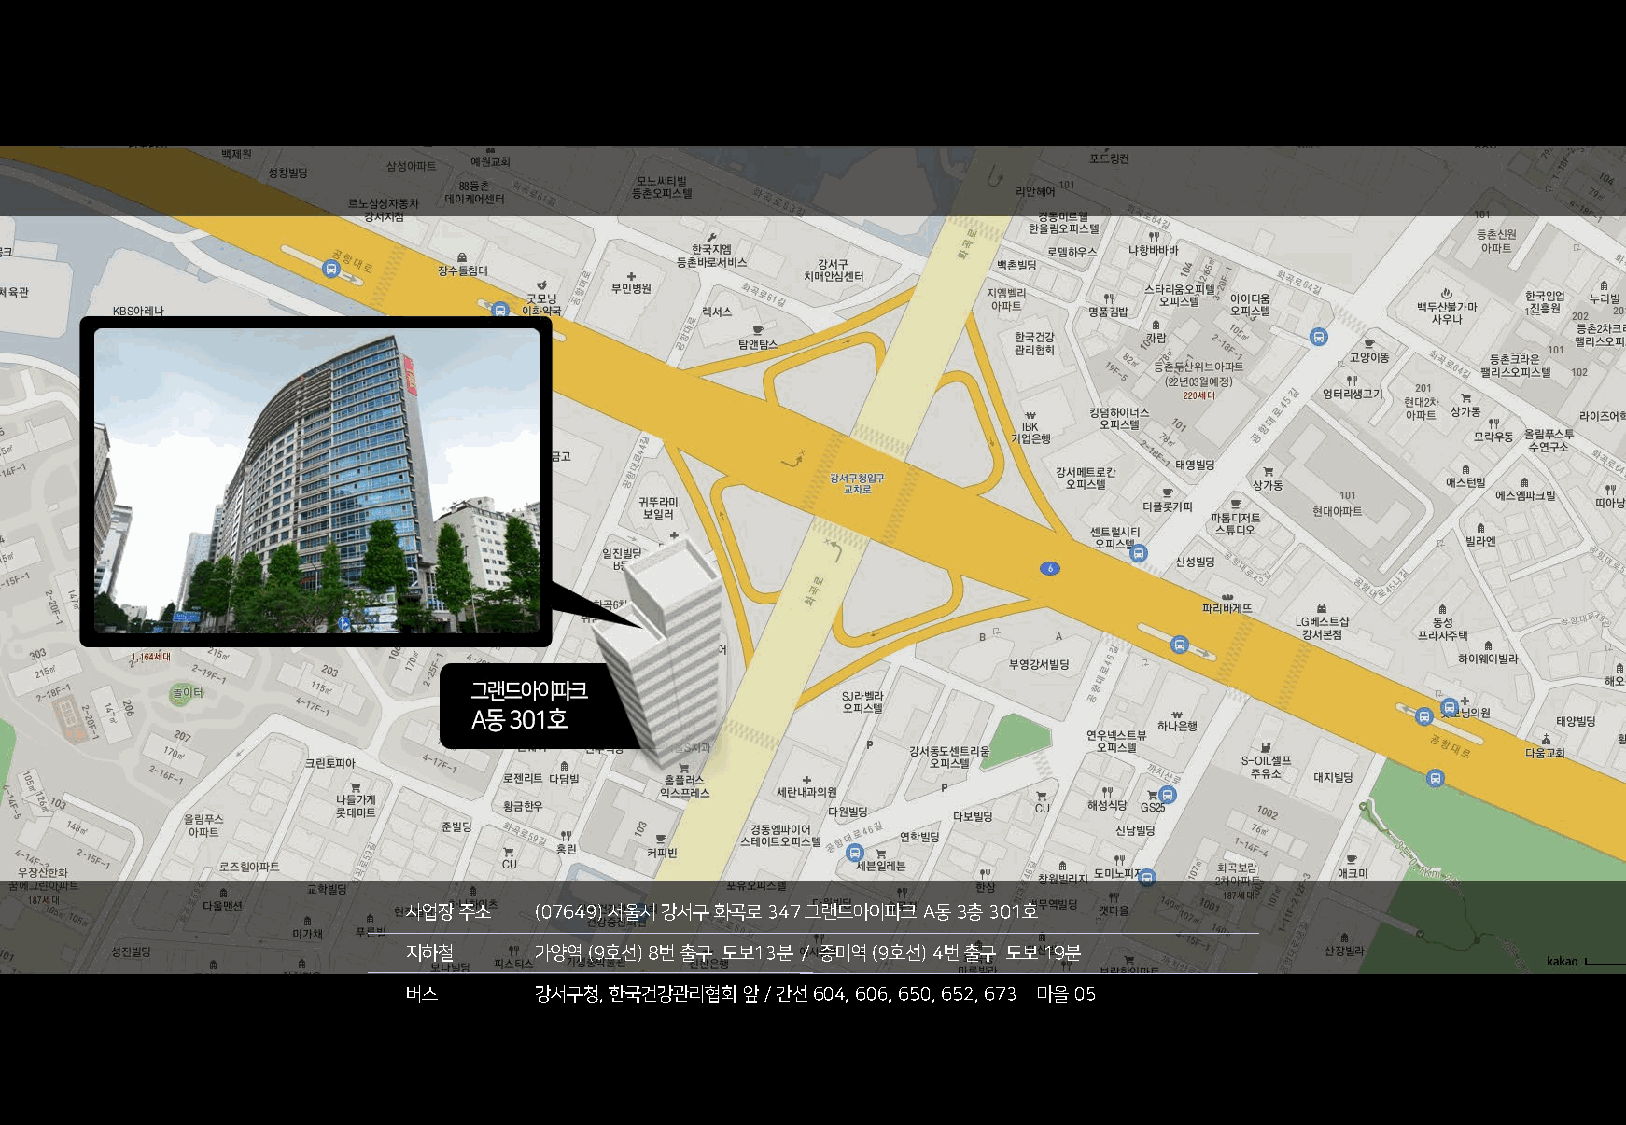
사업장주소   (07649) 서울시강서구화곡로347 그랜드아이파크A동3층301호
 지하철     가양역(9호선)8번출구 도보13분 / 증미역(9호선) 4번출구 도보19분
 버스      강서구청, 한국건강관리협회앞/ 간선604, 606, 650, 652, 673 마을05
 COPYRIGHT © 2019 GAON Convention. All Rights Reserved.
 http://www.gaonpco.com